Report of an investigation into the causes of the diseases known in Assam as Kála-Azár and Beri-Beri
Disease focus: Beri-Beri
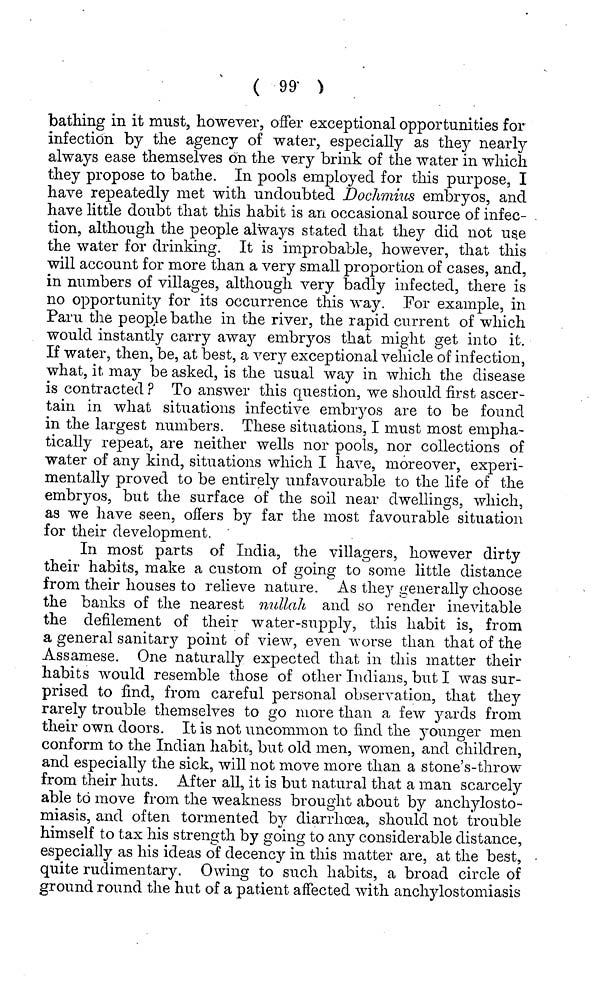
( 99 )
bathing in it must, however, offer exceptional opportunities for
infection by the agency of water, especially as they nearly
always ease themselves on the very brink of the water in which
they propose to bathe. In pools employed for this purpose, I
have repeatedly met with undoubted Dochmius embryos, and
have little doubt that this habit is an occasional source of infec-
tion, although the people always stated that they did not use
the water for drinking. It is improbable, however, that this
will account for more than a very small proportion of cases, and,
in numbers of villages, although very badly infected, there is
no opportunity for its occurrence this way. For example, in
Paru the people bathe in the river, the rapid current of which
would instantly carry away embryos that might get into it.
If water, then, be, at best, a very exceptional vehicle of infection,
what, it may be asked, is the usual way in which the disease
is contracted ? To answer this question, we should first ascer-
tain in what situations infective embryos are to be found
in the largest numbers. These situations, I must most empha-
tically repeat, are neither wells nor pools, nor collections of
water of any kind, situations which I have, moreover, experi-
mentally proved to be entirely unfavourable to the life of the
embryos, but the surface of the soil near dwellings, which,
as we have seen, offers by far the most favourable situation
for their development.
In most parts of India, the villagers, however dirty
their habits, make a custom of going to some little distance
from their houses to relieve nature. As the}^ generally choose
the banks of the nearest nullali and so render inevitable
the defilement of their water-supply, this habit is, from
a general sanitary point of view, even worse than that of the
Assamese. One naturally expected that in this matter their
habits would resemble those of other Indians, but I was sur-
prised to find, from careful personal observation, that they
rarely trouble themselves to go more than a few yards from
their own doors. It is not uncommon to find the younger men
conform to the Indian habit, but old men, women, and children,
and especially the sick, will not move more than a stone's-throw
from their huts. After all, it is but natural that a man scarcely
able to move from the weakness brought about by anchylosto-
miasis, and often tormented by diarrhoea, should not trouble
himself to tax his strength by going to any considerable distance,
especially as his ideas of decency in this matter are, at the best,
quite rudimentary. Owing to such habits, a broad circle of
ground round the hut of a patient affected with anchylostomiasis